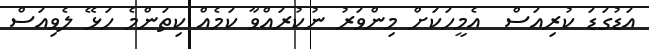
އަޑުގަޑަ ކުރިއަސް  އެމީހަކަށް މިންވަރު ނުކުރައްވާ ކަމެއް ކިތަންމެ ހަޅޭ ލެވިއަސް